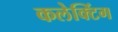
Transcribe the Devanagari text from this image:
कलेक्टिंग